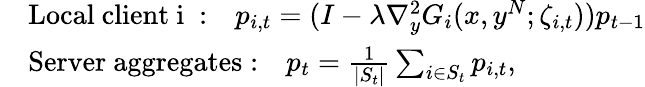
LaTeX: \begin{array}{rl}&{\mathrm{Local~client~i~:}\quad p_{i,t}=(I-\lambda\nabla_{y}^{2}G_{i}(x,y^{N};\zeta_{i,t}))p_{t-1}}\\ &{\mathrm{Server~aggregates:}\quad p_{t}=\frac{1}{|S_{t}|}\sum_{i\in S_{t}}p_{i,t},}\end{array}